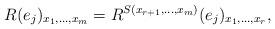
LaTeX: \begin{align*}R(e_j)_{x_1,\dots,x_m}=R^{S(x_{r+1},\dots,x_m)}(e_j)_{x_1,\dots,x_r},\end{align*}